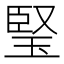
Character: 𤦁